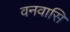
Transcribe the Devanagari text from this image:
वनवासि